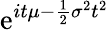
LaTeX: \! \, \mathrm{e}^{it\mu-{\frac{{1}}{{2}}}\sigma^{2}t^{2}}